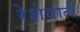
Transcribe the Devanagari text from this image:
रेशेवाले